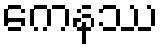
ကေနဿ